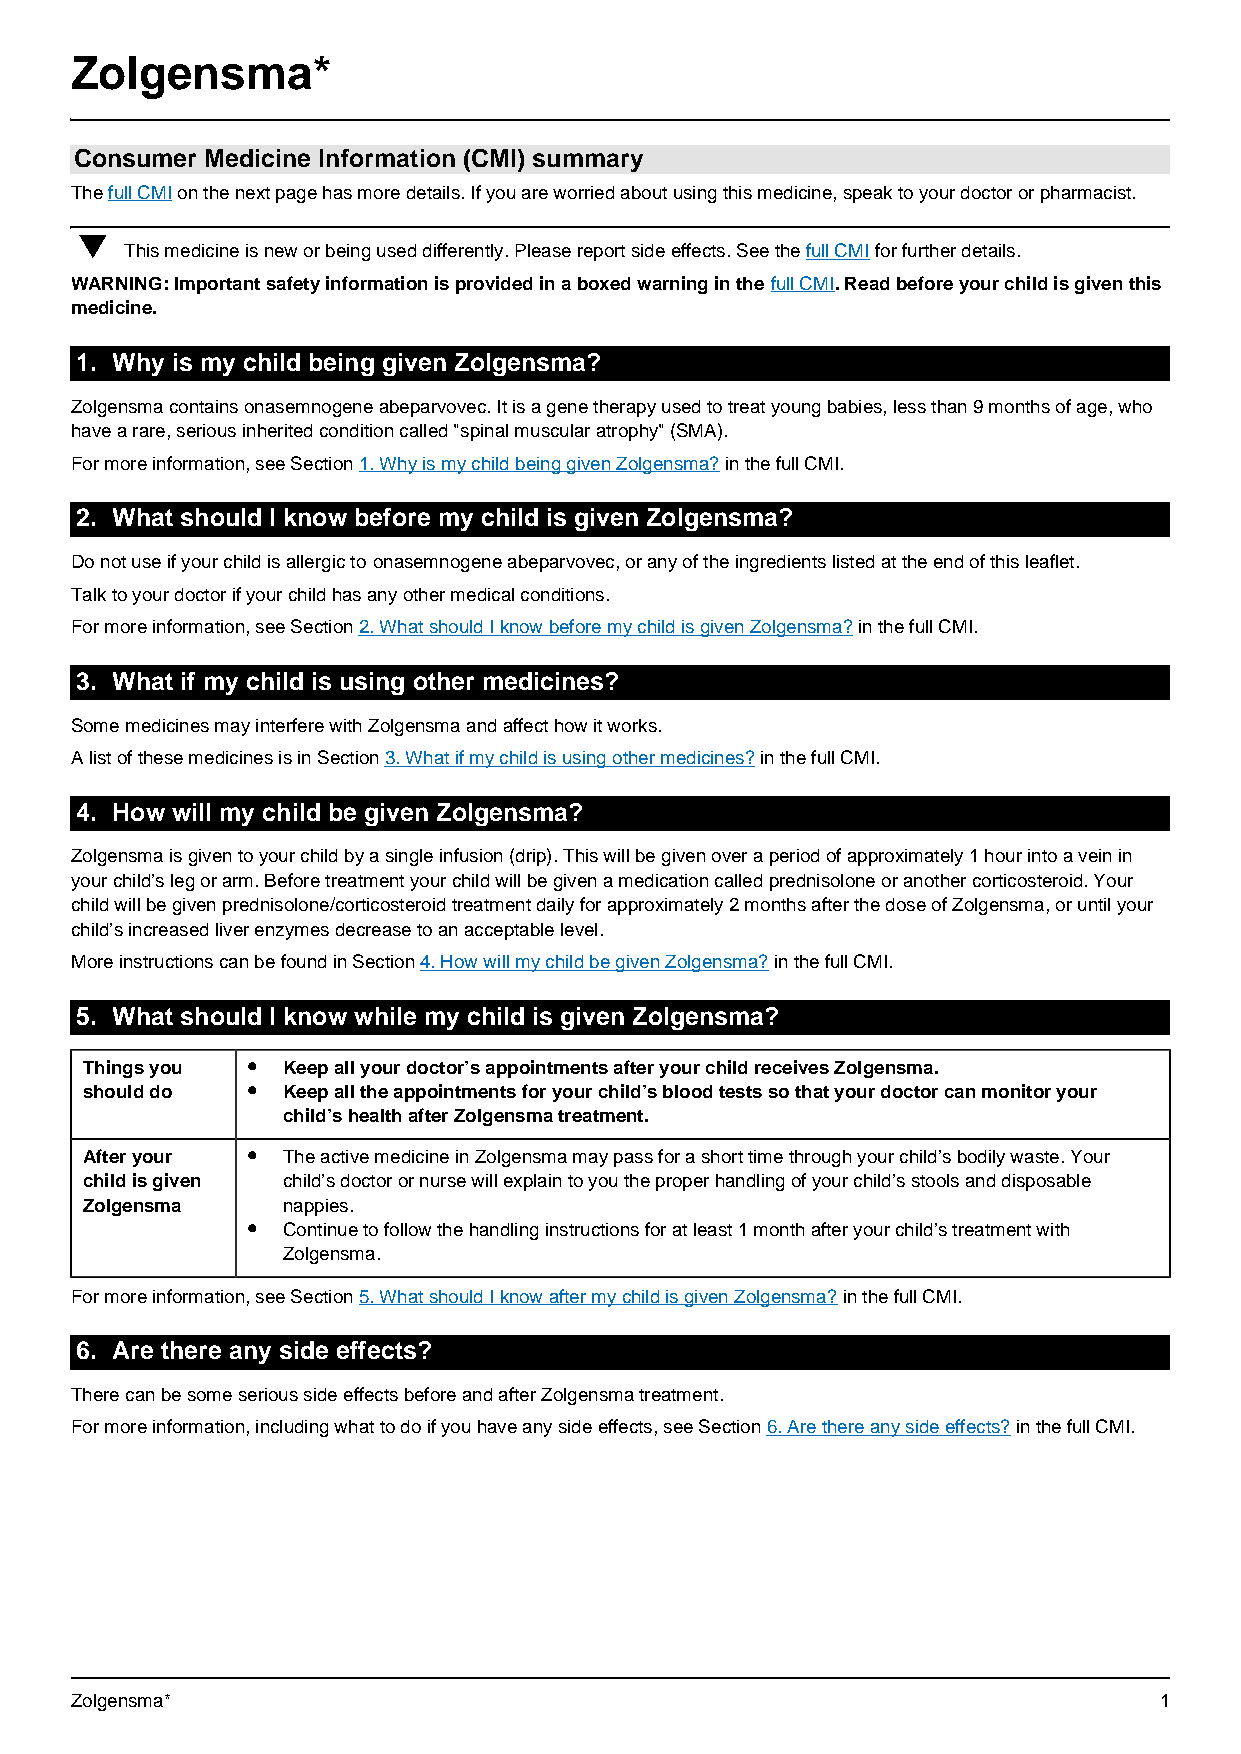
Zolgensma*
 Zolgensma*
 Consumer Medicine Information (CMI) summary
 The full CMI on the next page has more details. If you are worried about using this medicine, speak to your doctor or pharmacist.
 ▼
 This medicine is new or being used differently. Please report side effects. See the full CMI for further details.
 WARNING: Important safety information is provided in a boxed warning in the full CMI. Read before your child is given this
 medicine.
 1. Why is my child being given Zolgensma?
 Zolgensma contains onasemnogene abeparvovec. It is a gene therapy used to treat young babies, less than 9 months of age, who
 have a rare, serious inherited condition called "spinal muscular atrophy" (SMA).
 For more information, see Section 1. Why is my child being given Zolgensma? in the full CMI.
 2. What should I know before my child is given Zolgensma?
 Do not use if your child is allergic to onasemnogene abeparvovec, or any of the ingredients listed at the end of this leaflet.
 Talk to your doctor if your child has any other medical conditions.
 For more information, see Section 2. What should I know before my child is given Zolgensma? in the full CMI.
 3. What if my child is using other medicines?
 Some medicines may interfere with Zolgensma and affect how it works.
 A list of these medicines is in Section 3. What if my child is using other medicines? in the full CMI.
 4. How will my child be given Zolgensma?
 Zolgensma is given to your child by a single infusion (drip). This will be given over a period of approximately 1 hour into a vein in
 your child’s leg or arm. Before treatment your child will be given a medication called prednisolone or another corticosteroid. Your
 child will be given prednisolone/corticosteroid treatment daily for approximately 2 months after the dose of Zolgensma, or until your
 child’s increased liver enzymes decrease to an acceptable level.
 More instructions can be found in Section 4. How will my child be given Zolgensma? in the full CMI.
 5. What should I know while my child is given Zolgensma?
 •
 Things you    Keep all your doctor’s appointments after your child receives Zolgensma.
 •
 should do     Keep all the appointments for your child’s blood tests so that your doctor can monitor your
 child’s health after Zolgensma treatment.
 •
 After your    The active medicine in Zolgensma may pass for a short time through your child’s bodily waste. Your
 child is given child’s doctor or nurse will explain to you the proper handling of your child’s stools and disposable
 Zolgensma     nappies.
 •
 Continue to follow the handling instructions for at least 1 month after your child’s treatment with
 Zolgensma.
 For more information, see Section 5. What should I know after my child is given Zolgensma? in the full CMI.
 6. Are there any side effects?
 There can be some serious side effects before and after Zolgensma treatment.
 For more information, including what to do if you have any side effects, see Section 6. Are there any side effects? in the full CMI.
 Zolgensma*                                                              1